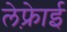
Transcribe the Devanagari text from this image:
लेफ़्रेाई